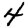
Digit: 4